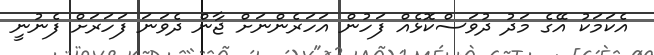
އެކަމަކު އޭގެ މަދު ދުވަސްކޮޅެއް ފަހުން އަހަރެންނަށް ޖާން ދެވަނަ ފަހަރަށް ފެނުނީ